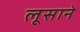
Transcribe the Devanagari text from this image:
लूसाने